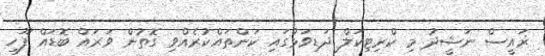
ޜައީސް ނަޝީދު މި ކްރިޓިކަލް ދަޑިވަޅުގައި ކަންތައްކުރެއްވި ގޮތުން ވަރައް ބޮޑައް ފޫހި